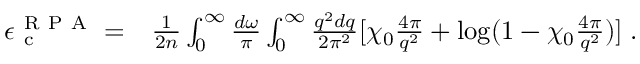
\begin{array} { r l } { \epsilon _ { \mathrm { ~ c ~ } } ^ { \mathrm { ~ R ~ P ~ A ~ } } = } & { { } \frac { 1 } { 2 n } \int _ { 0 } ^ { \infty } \frac { d \omega } { \pi } \int _ { 0 } ^ { \infty } \frac { q ^ { 2 } d q } { 2 \pi ^ { 2 } } [ \chi _ { 0 } \frac { 4 \pi } { q ^ { 2 } } + \log ( 1 - \chi _ { 0 } \frac { 4 \pi } { q ^ { 2 } } ) ] \; . } \end{array}